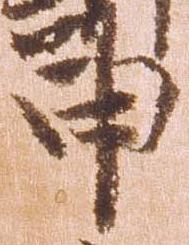
申